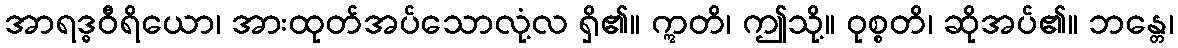
အာရဒ္ဓဝီရိယော၊ အားထုတ်အပ်သောလုံ့လ ရှိ၏။ ဣတိ၊ ဤသို့။ ဝုစ္စတိ၊ ဆိုအပ်၏။ ဘန္တေ၊